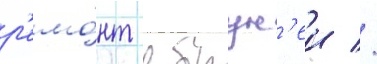
р'емо́нт в брун'еи //